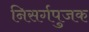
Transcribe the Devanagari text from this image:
निसर्गपुजक